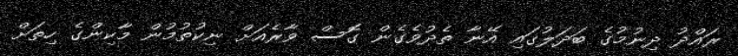
ރައްދު ދިނުމުގެ ބަދަލުގައި އޭނާ ތެދުވެގެން ގޮސް ވާރެއަށް ނިކުތުމުން މާކިންގެ ހިތަށް